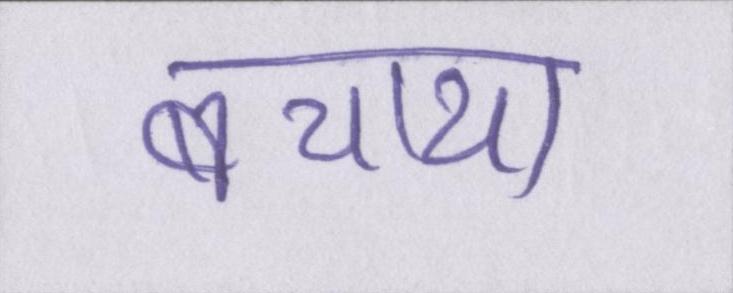
बचाया